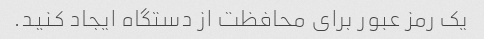
یک رمز عبور برای محافظت از دستگاه ایجاد کنید.